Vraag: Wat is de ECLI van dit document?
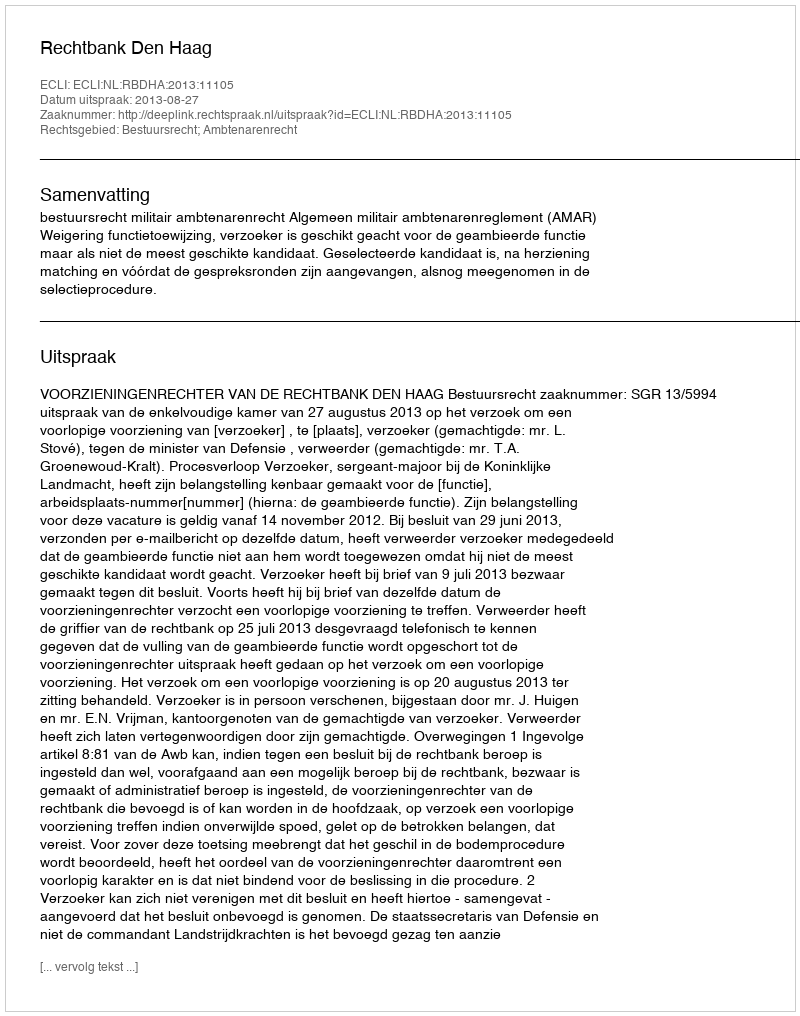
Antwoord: ECLI:NL:RBDHA:2013:11105